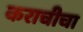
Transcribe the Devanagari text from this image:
कराचीचा